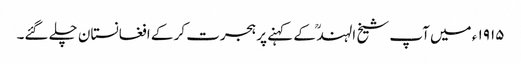
۱۹۱۵ ء میں آپ شیخ الہند ؒ کے کہنے پر ہجرت کر کے افغانستان چلے گئے۔